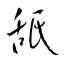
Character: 舐